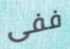
ففى